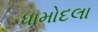
ધામોદલા